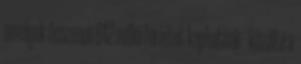
amelyek összesen 642 millió forintot kaphatnak - közölte a